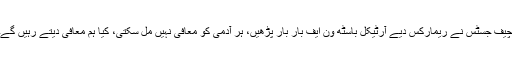
چیف جسٹس نے ریمارکس دیے آرٹیکل باسٹھ ون ایف بار بار پڑھیں، ہر آدمی کو معافی نہیں مل سکتی، کیا ہم معافی دیتے رہیں گے۔